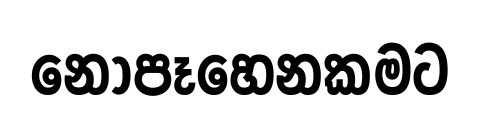
නොපෑහෙනකමට